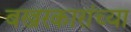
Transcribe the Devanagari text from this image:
बखरकारांच्या